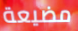
مضيعة